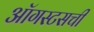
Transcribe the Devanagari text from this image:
ऑगस्टसची